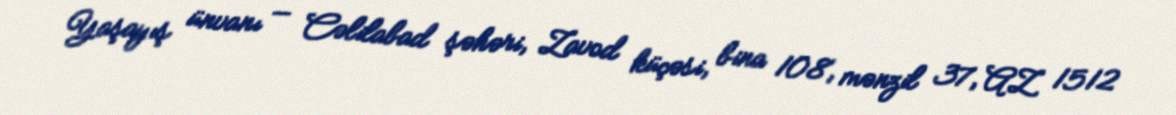
Yaşayış ünvanı — Cəlilabad şəhəri, Zavod küçəsi, bina 108, mənzil 37, AZ 1512